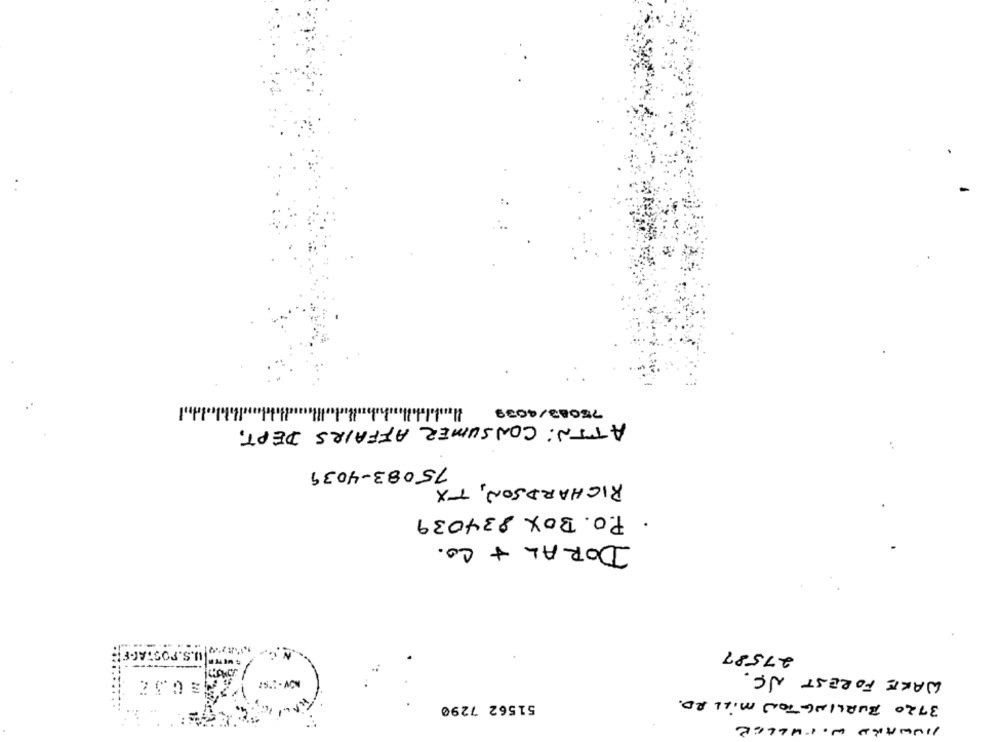
75083/4039
ATTN: CONSUMER AFFAIRS DEPT.
75083-4039
RICHARDSON, TX
. P.O. BOX 834039
DORAL + CO.
U.S.POSTAL.FR
27587
------
WAKE FOREST NC.
3720 BURLINGTON MILL RD.
51562 7290
HOWARD WITHLLER